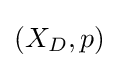
\left(X_{D},p\right)